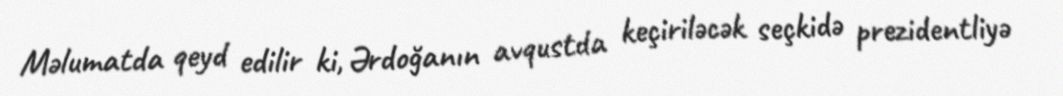
Məlumatda qeyd edilir ki, Ərdoğanın avqustda keçiriləcək seçkidə prezidentliyə